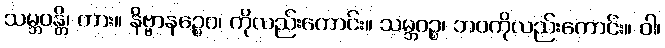
သမ္ဘဝန္တိ၊ ကား။ နိဗ္ဗာနဉ္စေဝ၊ ကိုလည်းကောင်း။ သမ္ဘဝဉ္စ၊ ဘဝကိုလည်းကောင်း။ ဝါ၊